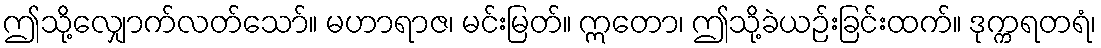
ဤသို့လျှောက်လတ်သော်။ မဟာရာဇ၊ မင်းမြတ်။ ဣတော၊ ဤသို့ခဲယဉ်းခြင်းထက်။ ဒုက္ကရတရံ၊